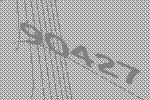
90427